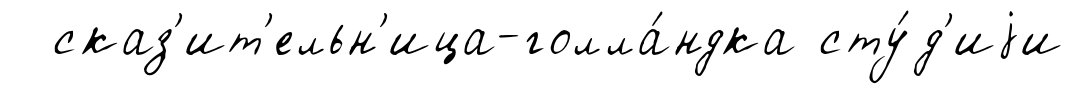
сказ'ит'ельн'ица-голла́ндка сту́д'иjи